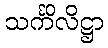
သင်္ကိလိဋ္ဌာ